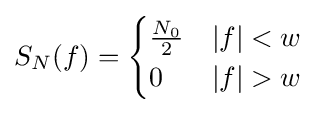
S_{N}(f)={\begin{cases}{\frac {N_{0}}{2}}&|f|<w\\0&|f|>w\end{cases}}